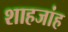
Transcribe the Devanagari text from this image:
शाहजांह